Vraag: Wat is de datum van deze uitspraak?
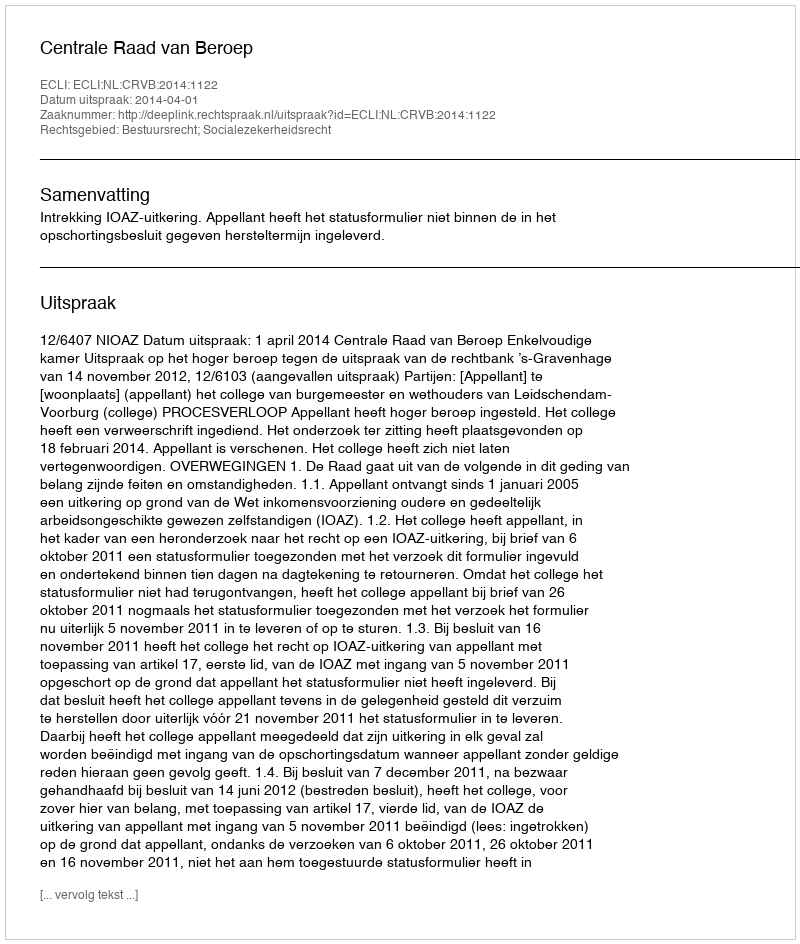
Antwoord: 2014-04-01